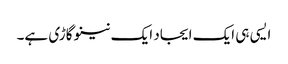
ایسی ہی ایک ایجاد ایک نینو گاڑی ہے۔